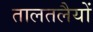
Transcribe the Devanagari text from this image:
तालतलैयों